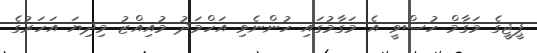
ޕީޖީގެ މަގާމް ހުސްވީ އެ މަގާމުގައި ހުންނެވި އަހްމަދު މުއިއްޒު މިދިޔަ އަހަރުގެ